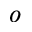
o